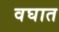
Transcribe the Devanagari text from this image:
वघात